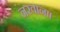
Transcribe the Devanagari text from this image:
नरवाना।